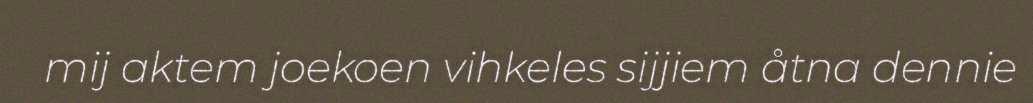
mij aktem joekoen vihkeles sijjiem åtna dennie